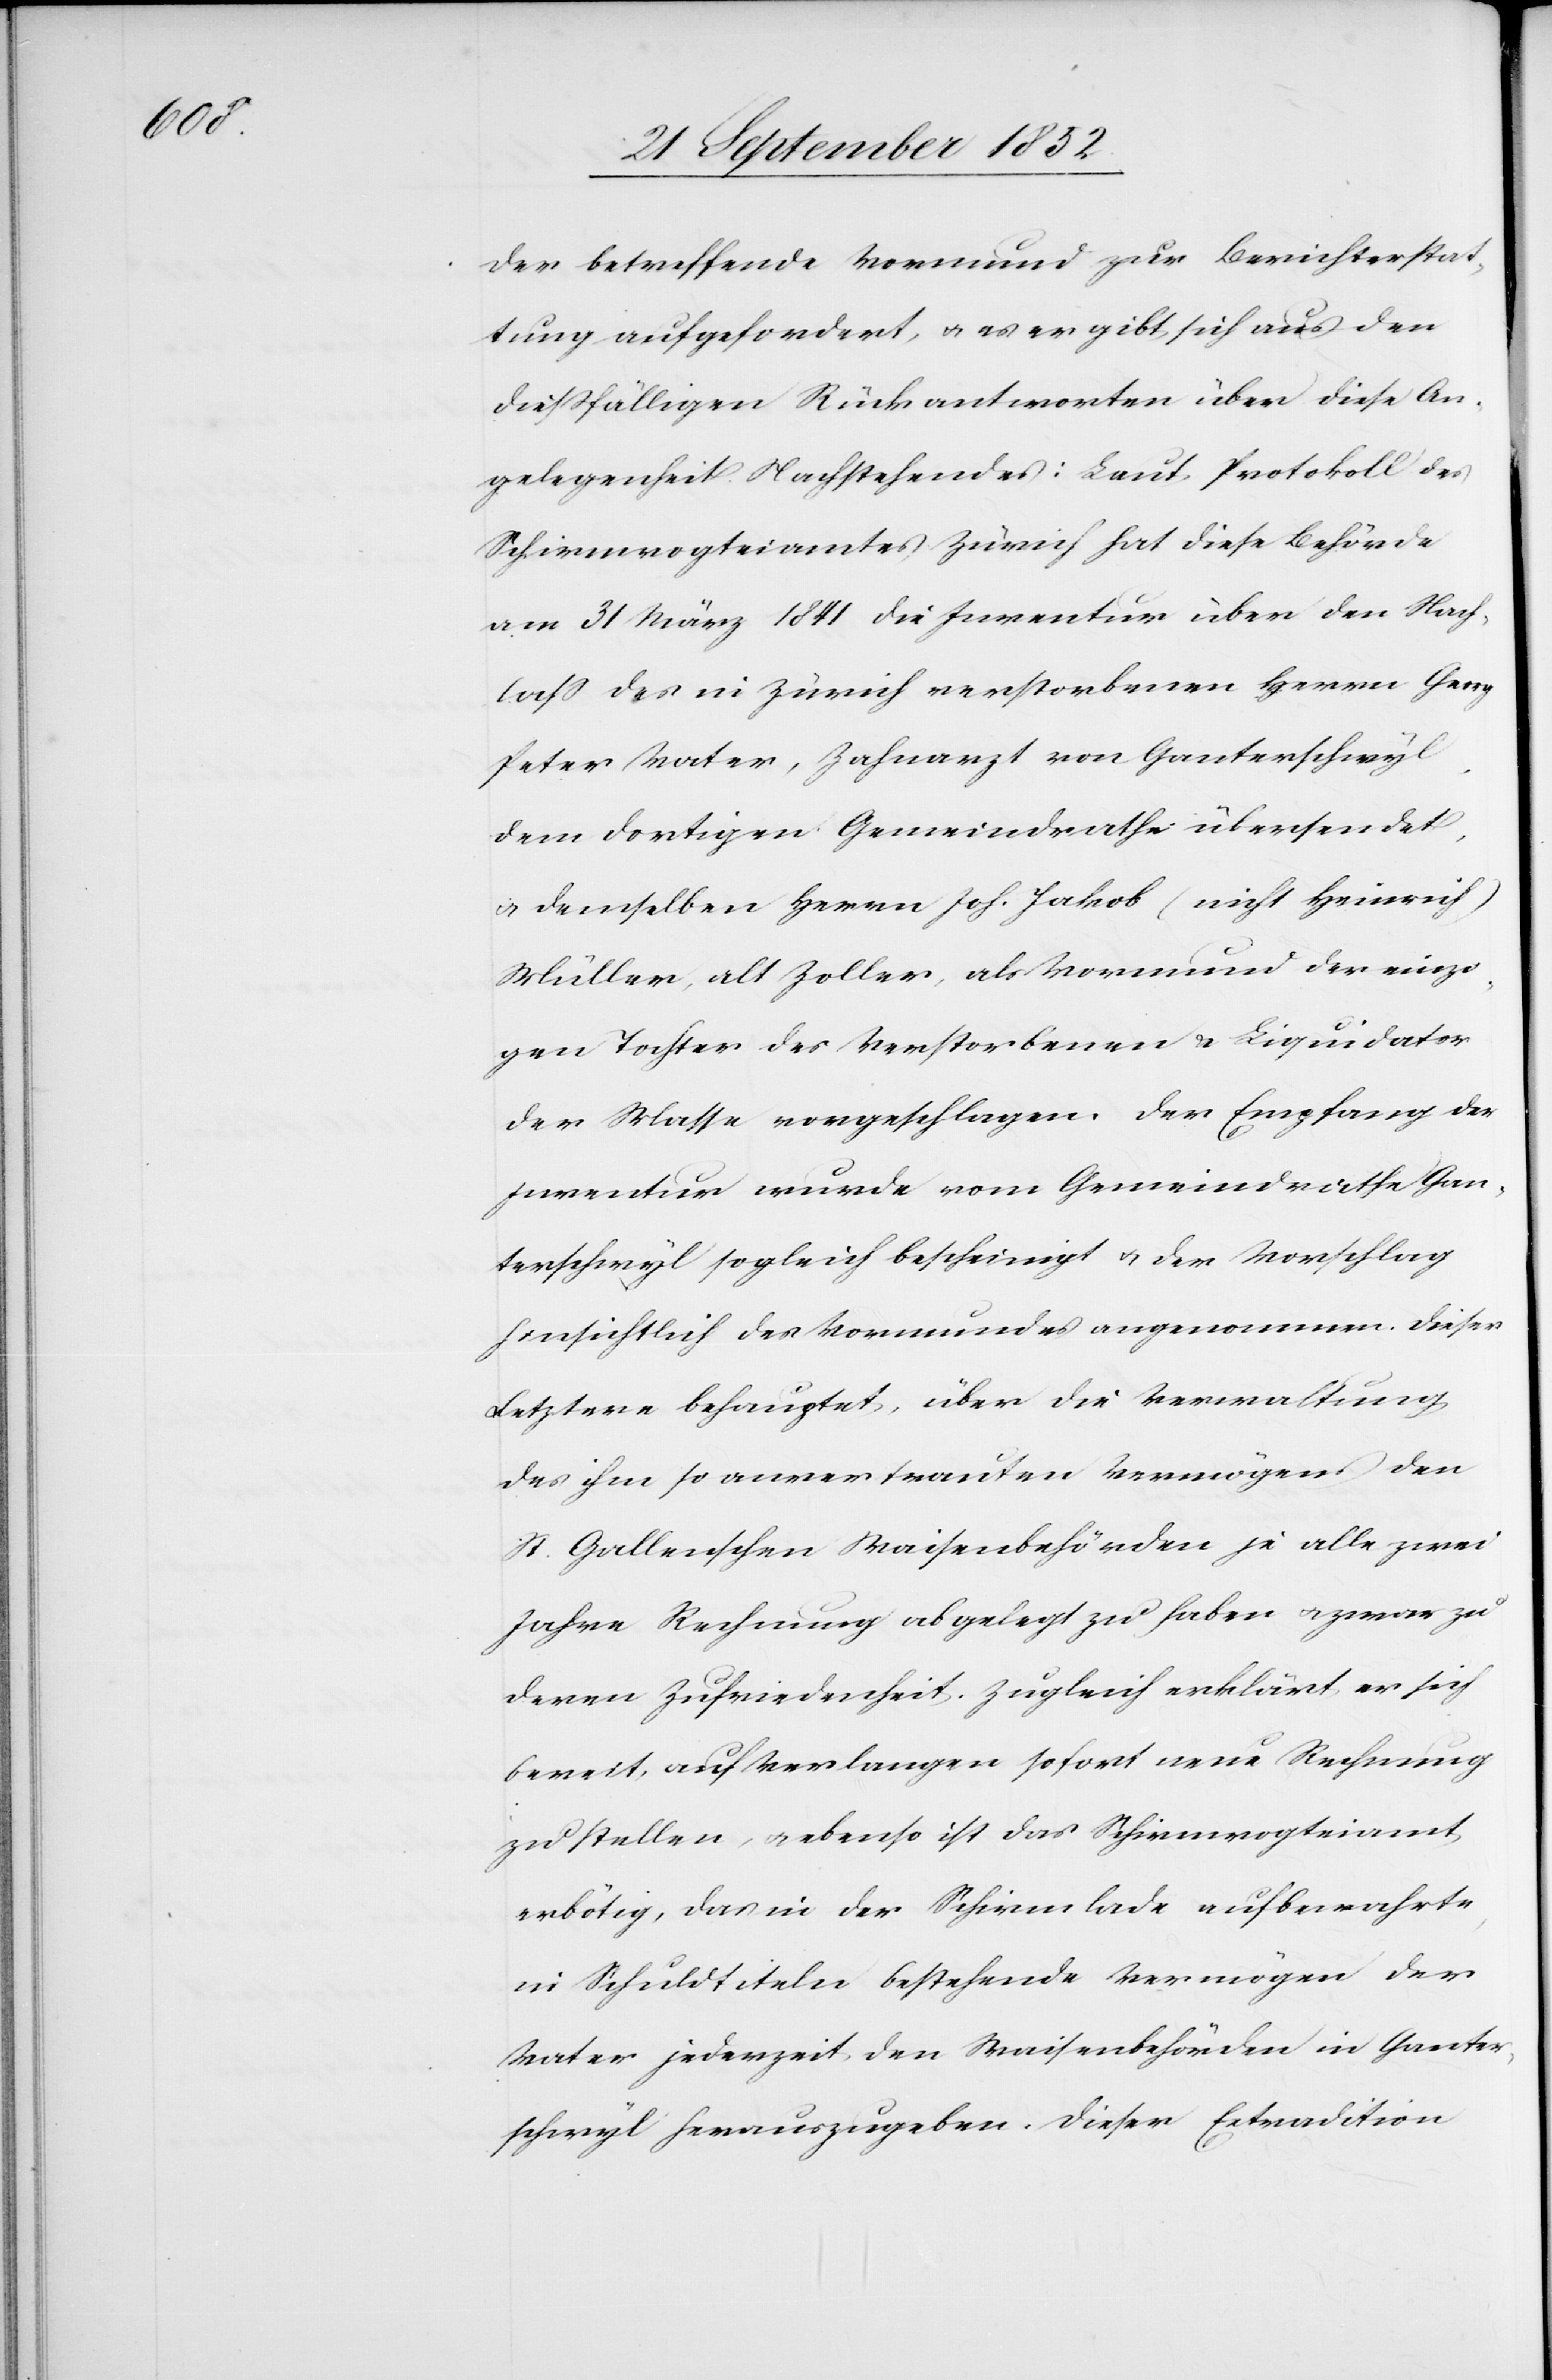
der betreffende Vormund zur Berichterstat¬
tung aufgefordert, & es ergibt sich aus den
diessfälligen Rückantworten über diese An¬
gelegenheit Nachstehendes: Laut Protokoll des
Schirmvogteiamtes Zürich hat diese Behörde
am 31 März 1841 die Inventur über den Nach¬
lass des in Zürich verstorbenen Herrn Gerry
Peter Vater, Zahnarzt von Ganterschwyl,
dem dortigen Gemeindrathe übersendet,
& demselben Herrn Joh. Jakob (nicht Heinrich)
Müller, alt Zoller, als Vormund der einzi¬
gen Tochter des Verstorbenen & Liquidator
der Masse vorgeschlagen. Der Empfang der
Inventur wurde vom Gemeindrathe Gan¬
terschwyl sogleich bescheinigt & der Vorschlag
hinsichtlich des Vormundes angenommen. Dieser
Letztere behauptet, über die Verwaltung
des ihm so anvertrauten Vermögens den
St. Gallenschen Waisenbehörden je alle zwei
Jahre Rechnung abgelegt zu haben & zwar zu
deren Zufriedenheit. Zugleich erklärt er sich
bereit, auf Verlangen sofort neue Rechnung
zu stellen, & ebenso ist das Schirmvogteiamt
erbötig, das in der Schirmlade aufbewahrte,
in Schuldtiteln bestehende Vermögen der
Vater jederzeit den Waisenbehörden in Ganter¬
schwyl herauszugeben. Dieser Extradition